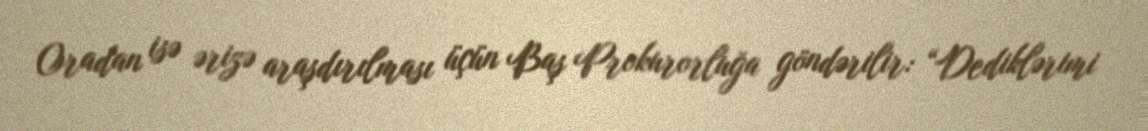
Oradan isə ərizə araşdırılması üçün Baş Prokurorluğa göndərilir: “Dediklərimi